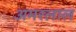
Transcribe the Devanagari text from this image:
अमरलाल